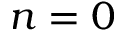
n = 0